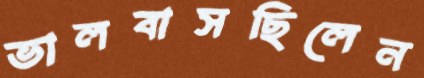
ভালবাসছিলেন